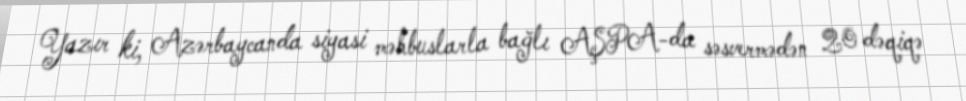
Yazır ki, Azərbaycanda siyasi məhbuslarla bağlı AŞPA-da səsvermədən 20 dəqiqə